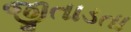
જીતાડતા